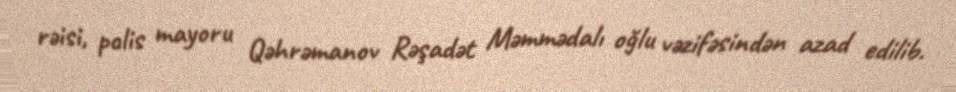
rəisi, polis mayoru Qəhrəmanov Rəşadət Məmmədalı oğlu vəzifəsindən azad edilib.